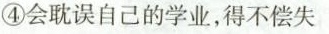
④会耽误自己的学业，得不偿失